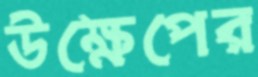
উক্ষেপের